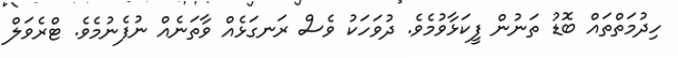
ހިދުމަތްތައް ބޮޑު ތަނުން ފީކަޅާވުމެވެ. ދުވަހަކު ވެސް ރަނގަޅެއް ވާތަނެއް ނުފެނުމެވެ. ޓްރެވަލް